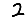
Digit: 2